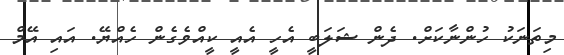
މިތަނަކު ހުންނާކަށް. ދެން ޝަލަބީ އެހީ އެއީ ކީއްވެގެން ހެއްޔޭ. އައި އޭމް